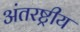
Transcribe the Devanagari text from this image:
अंतरष्ट्रीय